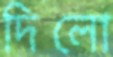
দিলো